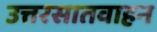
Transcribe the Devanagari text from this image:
उत्तरसातवाहन